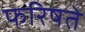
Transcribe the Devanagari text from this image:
फरिषते